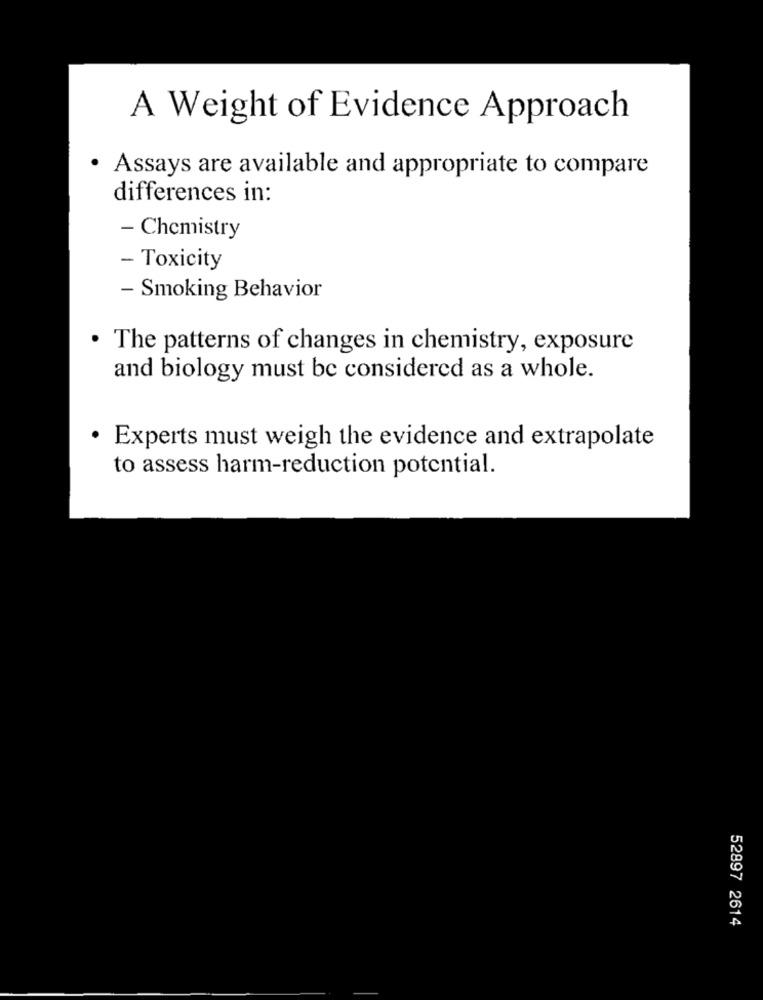
A Weight of Evidence Approach
· Assays are available and appropriate to compare
differences in:
- Chemistry
- Toxicity
- Smoking Behavior
. The patterns of changes in chemistry, exposure
and biology must be considered as a whole.
· Experts must weigh the evidence and extrapolate
to assess harm-reduction potential.
52897 2614